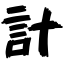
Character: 計